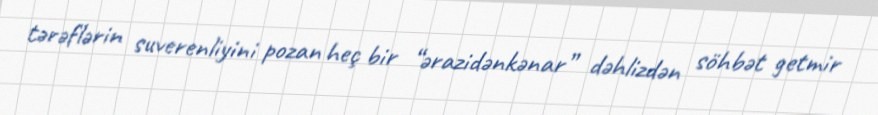
tərəflərin suverenliyini pozan heç bir “ərazidənkənar” dəhlizdən söhbət getmir